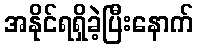
အနိုင်ရရှိခဲ့ပြီးနောက်